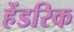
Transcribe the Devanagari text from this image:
हेंडरिक